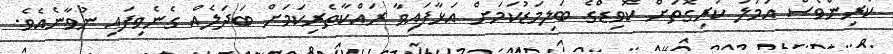
ކުރިންވެސް އަމަލު ކުރިގޮތަށް ކޮވިޑްގެ ބަލިމަޑުކަމަށް އަޅާފައިވާ ރައްކާތެރިކަމަށް ބަދަލެއް ގެނެވިފައި ނުވާނެއެވެ.